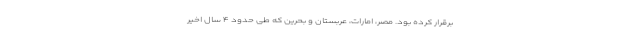
برقرار کرده بود. مصر، امارات، عربستان و بحرین که طی حدود ۴ سال اخیر